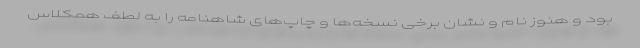
بود و هنوز نام و نشان برخی نسخه‌ها و چاپ‌های شاهنامه را به لطف همکلاس